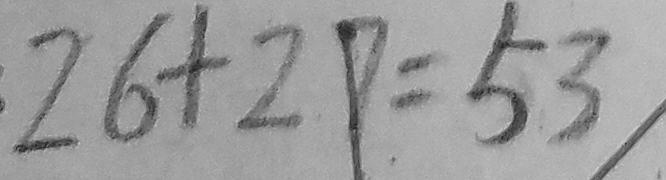
2 6 + 2 9 = 5 3